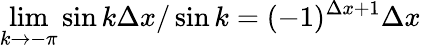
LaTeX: \operatorname*{lim}_{k\to-\pi}\sin{k\Delta x}/\sin{k}=(-1)^{\Delta x+1}\Delta x